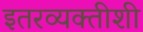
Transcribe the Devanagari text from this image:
इतरव्यक्तीशी